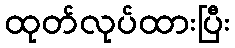
ထုတ်လုပ်ထားပြီး